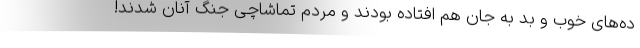
ده‌های خوب و بد به جان هم افتاده بودند و مردم تماشاچی جنگ آنان شدند!